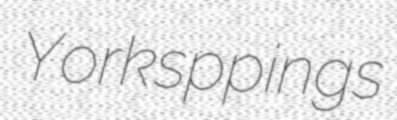
Yorksppings